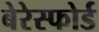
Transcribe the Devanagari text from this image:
बेरेस्फोर्ड